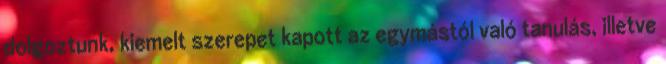
dolgoztunk, kiemelt szerepet kapott az egymástól való tanulás, illetve